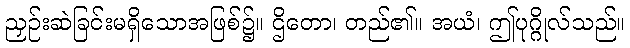
ညှဉ်းဆဲခြင်းမရှိသောအဖြစ်၌။ ဌိတော၊ တည်၏။ အယံ၊ ဤပုဂ္ဂိုလ်သည်။